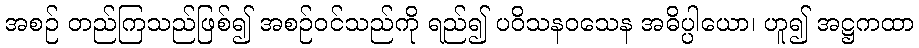
အစဉ် တည်ကြသည်ဖြစ်၍ အစဉ်ဝင်သည်ကို ရည်၍ ပဝိသနဝသေန အဓိပ္ပါယော၊ ဟူ၍ အဋ္ဌကထာ